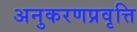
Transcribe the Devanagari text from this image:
अनुकरणप्रवृत्ति